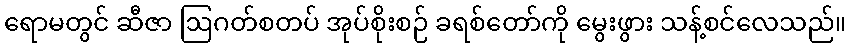
ရောမတွင် ဆီဇာ ဩဂတ်စတပ် အုပ်စိုးစဉ် ခရစ်တော်ကို မွေးဖွား သန့်စင်လေသည်။